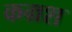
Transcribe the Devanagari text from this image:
कम्रश